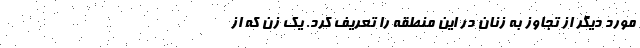
مورد دیگر از تجاوز به زنان در این منطقه را تعریف کرد. یک زن که از